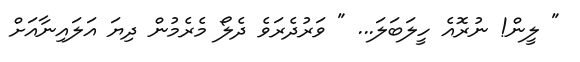
" ލީން! ނުރޮއެ ހީލަބަލަ... " ވަަރުދެރަވެ ދެލޯ މެރެމުން ދިޔަ އަލައިނާއަށް